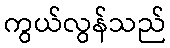
ကွယ်လွန်သည်